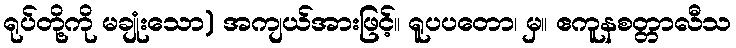
ရုပ်တို့ကို မချုံးသော) အကျယ်အားဖြင့်။ ရူပပတော၊ မှ။ ဧကူနစတ္တာလီသ